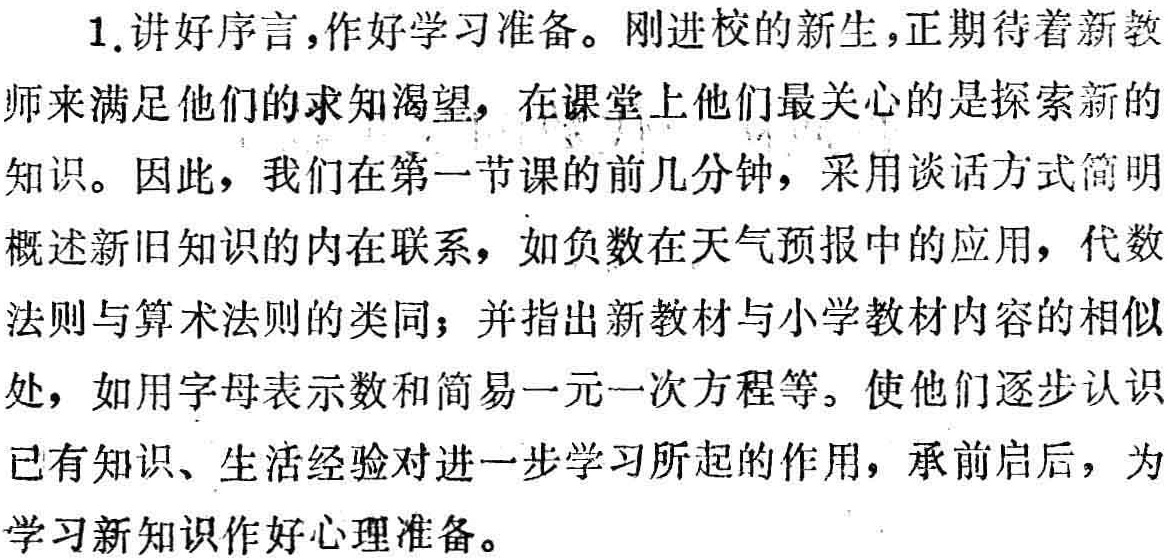
1. 讲好序言，作好学习准备。刚进校的新生，正期待着新教

师来满足他们的求知渴望，在课堂上他们最关心的是探索新的

知识。因此，我们在第一节课的前几分钟，采用谈话方式简明

概述新旧知识的内在联系，如负数在天气预报中的应用，代数

法则与算术法则的类同；并指出新教材与小学教材内容的相似

处，如用字母表示数和简易一元一次方程等。使他们逐步认识

已有知识、生活经验对进一步学习所起的作用，承前启后，为

学习新知识作好心理准备。